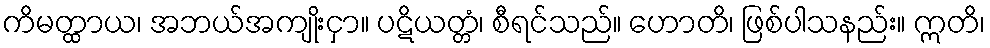
ကိမတ္ထာယ၊ အဘယ်အကျိုးငှာ။ ပဋိယတ္တံ၊ စီရင်သည်။ ဟောတိ၊ ဖြစ်ပါသနည်း။ ဣတိ၊